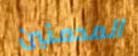
المدمنين